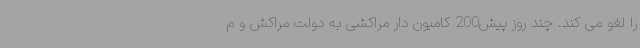
را لغو می کند. چند روز پیش200 کامیون دار مراکشی به دولت مراکش و م